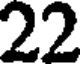
22